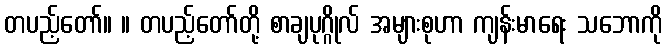
တပည့်တော်။ ။ တပည့်တော်တို့ စာချပုဂ္ဂိုလ် အများစုဟာ ကျန်းမာရေး သဘောကို